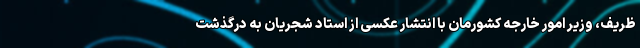
ظریف، وزیر امور خارجه کشورمان با انتشار عکسی از استاد شجریان به درگذشت